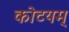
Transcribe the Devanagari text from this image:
कोटयम्